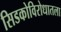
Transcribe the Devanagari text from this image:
सिडकोविरोधातला